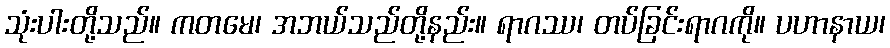
သုံးပါးတို့သည်။ ကတမေ၊ အဘယ်သည်တို့နည်း။ ရာဂဿ၊ တပ်ခြင်းရာဂကို။ ပဟာနာယ၊